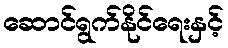
ဆောင်ရွက်နိုင်ရေးနှင့်